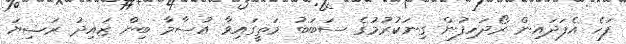
ފަހެ އެފަދައިން ރޯދަހިފުން ގިނަކުރުމުގެ ސަބަބު މަތީގައިވާ އުސާމާ ބިން ޒައިދު ރަޟިޔަ